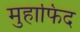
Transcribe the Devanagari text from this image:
मुहाफिद